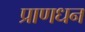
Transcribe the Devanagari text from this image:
प्राणधन